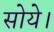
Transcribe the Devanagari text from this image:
सोये।